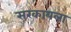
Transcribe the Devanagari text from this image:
सरकायला